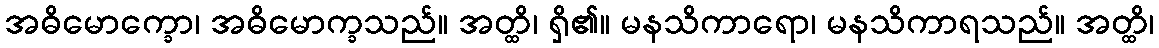
အဓိမောက္ခော၊ အဓိမောက္ခသည်။ အတ္ထိ၊ ရှိ၏။ မနသိကာရော၊ မနသိကာရသည်။ အတ္ထိ၊